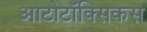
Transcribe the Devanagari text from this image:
आटोटॉक्सिकस